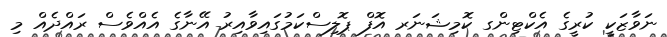
ނަވާޒަކީ ކުރީގެ އެކްޓިންގ ކޮމިޝަނަރ އޮފް ޕޮލިސްކަމުގައިވާއިރު އޭނާގެ އެއްވެސް ރައްދެއް މި